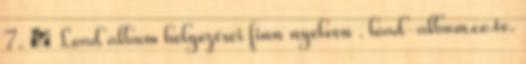
7. ↑ Load album helyezései finn nyelven . load-album.co.tv.